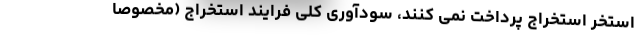
استخر استخراج پرداخت نمی کنند، سودآوری کلی فرایند استخراج (مخصوصا